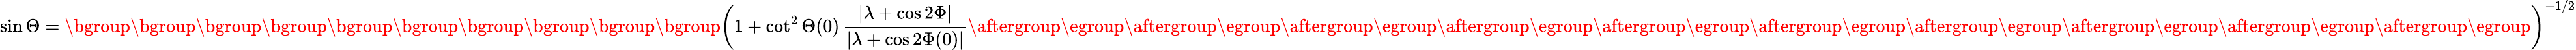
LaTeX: \sin\Theta=\mathopen{}\mathclose\bgroup\mathopen{}\mathclose\bgroup\mathopen{}\mathclose\bgroup\mathopen{}\mathclose\bgroup\mathopen{}\mathclose\bgroup\mathopen{}\mathclose\bgroup\mathopen{}\mathclose\bgroup\mathopen{}\mathclose\bgroup\mathopen{}\mathclose\bgroup\mathopen{}\mathclose\bgroup\left(1+\cot^{2}\Theta(0)\, \frac{\lvert\lambda+\cos 2\Phi\rvert}{\lvert\lambda+\cos 2\Phi(0)\rvert}\aftergroup\egroup\aftergroup\egroup\aftergroup\egroup\aftergroup\egroup\aftergroup\egroup\aftergroup\egroup\aftergroup\egroup\aftergroup\egroup\aftergroup\egroup\aftergroup\egroup\right)^{-1/2}